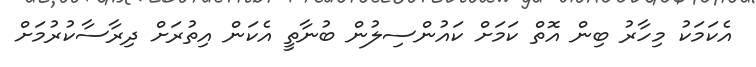
އެކަމަކު މިހާރު ބިން އޮތް ކަމަށް ކައުންސިލުން ބުނާތީ އެކަން އިތުރަށް ދިރާސާކުރުމަށް